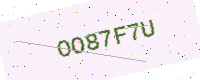
Text: OO87F7U